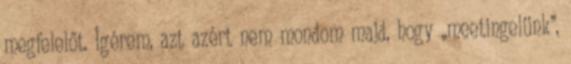
megfelelőt. Ígérem, azt azért nem mondom majd, hogy „meetingelünk”,